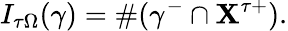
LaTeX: I_{\tau\Omega}(\gamma)=\# (\gamma^{-}\cap\mathbf{X}^{\tau+}).